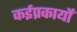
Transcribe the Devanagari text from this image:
कईप्रकार्यों